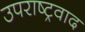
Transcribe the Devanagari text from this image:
उपराष्ट्रवाद